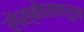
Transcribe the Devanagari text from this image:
लेस्बोसवरून